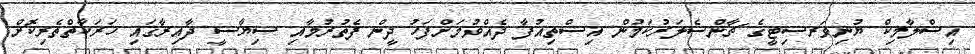
އިސްލާމިކް ޔުނިވަރސިޓީގެ ޗާންސެލަރުކަމުން އިސްތިއުފާ ދެއްވުމަށްފަހު ދީން ފެތުރުމާއި ސިޔާސީ ދާއިރާގައި ހަރަކާތްތެރިކޮށް